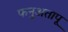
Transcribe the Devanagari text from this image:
फनुअतापू